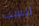
ليست